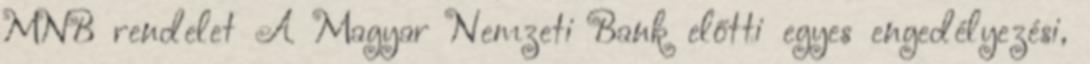
MNB rendelet A Magyar Nemzeti Bank előtti egyes engedélyezési,